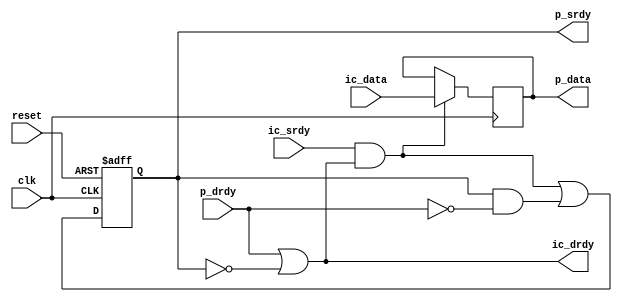
//----------------------------------------------------------------------
// Srdy/Drdy output block
//
// Halts timing on all signals except ic_drdy
// ic_drdy is a combinatorial path from p_drdy
//
// Naming convention: c = consumer, p = producer, i = internal interface
//----------------------------------------------------------------------
//----------------------------------------------------------------------
//
// This is free and unencumbered software released into the public domain.
//
// Anyone is free to copy, modify, publish, use, compile, sell, or
// distribute this software, either in source code form or as a compiled
// binary, for any purpose, commercial or non-commercial, and by any
// means.
//
// In jurisdictions that recognize copyright laws, the author or authors
// of this software dedicate any and all copyright interest in the
// software to the public domain. We make this dedication for the benefit
// of the public at large and to the detriment of our heirs and
// successors. We intend this dedication to be an overt act of
// relinquishment in perpetuity of all present and future rights to this
// software under copyright law.
//
// THE SOFTWARE IS PROVIDED "AS IS", WITHOUT WARRANTY OF ANY KIND,
// EXPRESS OR IMPLIED, INCLUDING BUT NOT LIMITED TO THE WARRANTIES OF
// MERCHANTABILITY, FITNESS FOR A PARTICULAR PURPOSE AND NONINFRINGEMENT.
// IN NO EVENT SHALL THE AUTHORS BE LIABLE FOR ANY CLAIM, DAMAGES OR
// OTHER LIABILITY, WHETHER IN AN ACTION OF CONTRACT, TORT OR OTHERWISE,
// ARISING FROM, OUT OF OR IN CONNECTION WITH THE SOFTWARE OR THE USE OR
// OTHER DEALINGS IN THE SOFTWARE.
//
// For more information, please refer to <http://unlicense.org/> 
//----------------------------------------------------------------------

// Clocking statement for synchronous blocks.  Default is for
// posedge clocking and positive async reset
`ifndef SDLIB_CLOCKING 
 `define SDLIB_CLOCKING posedge clk or posedge reset
`endif

// delay unit for nonblocking assigns, default is to #1
`ifndef SDLIB_DELAY 
 `define SDLIB_DELAY #1 
`endif

module sd_output
  #(parameter width = 8)
  (
   input              clk,
   input              reset,
   input              ic_srdy,
   output reg         ic_drdy,
   input [width-1:0]  ic_data,

   output reg         p_srdy,
   input              p_drdy,
   output reg [width-1:0] p_data
   );

  reg 	  load;   // true when data will be loaded into p_data
  reg 	  nxt_p_srdy;

  always @*
    begin
      ic_drdy = p_drdy | !p_srdy;
      load  = ic_srdy & ic_drdy;
      nxt_p_srdy = load | (p_srdy & !p_drdy);
    end
  
  always @(`SDLIB_CLOCKING)
    begin
      if (reset)
	begin
	  p_srdy <= `SDLIB_DELAY 0;
	end
      else
	begin
	  p_srdy <= `SDLIB_DELAY nxt_p_srdy;
	end // else: !if(reset)
    end // always @ (posedge clk)

  always @(posedge clk)
    if (load)
      p_data <= `SDLIB_DELAY ic_data;

endmodule // it_output